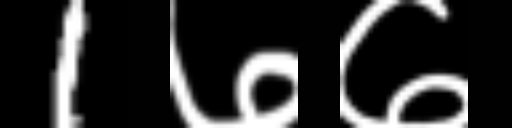
Text: 1७७